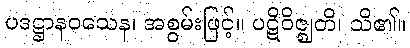
ပဒဋ္ဌာနဝသေန၊ အစွမ်းဖြင့်။ ပဋိဝိဇ္ဈတိ၊ သိ၏။